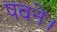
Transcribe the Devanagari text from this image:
पवनें।